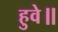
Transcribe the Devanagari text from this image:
हुवे॥